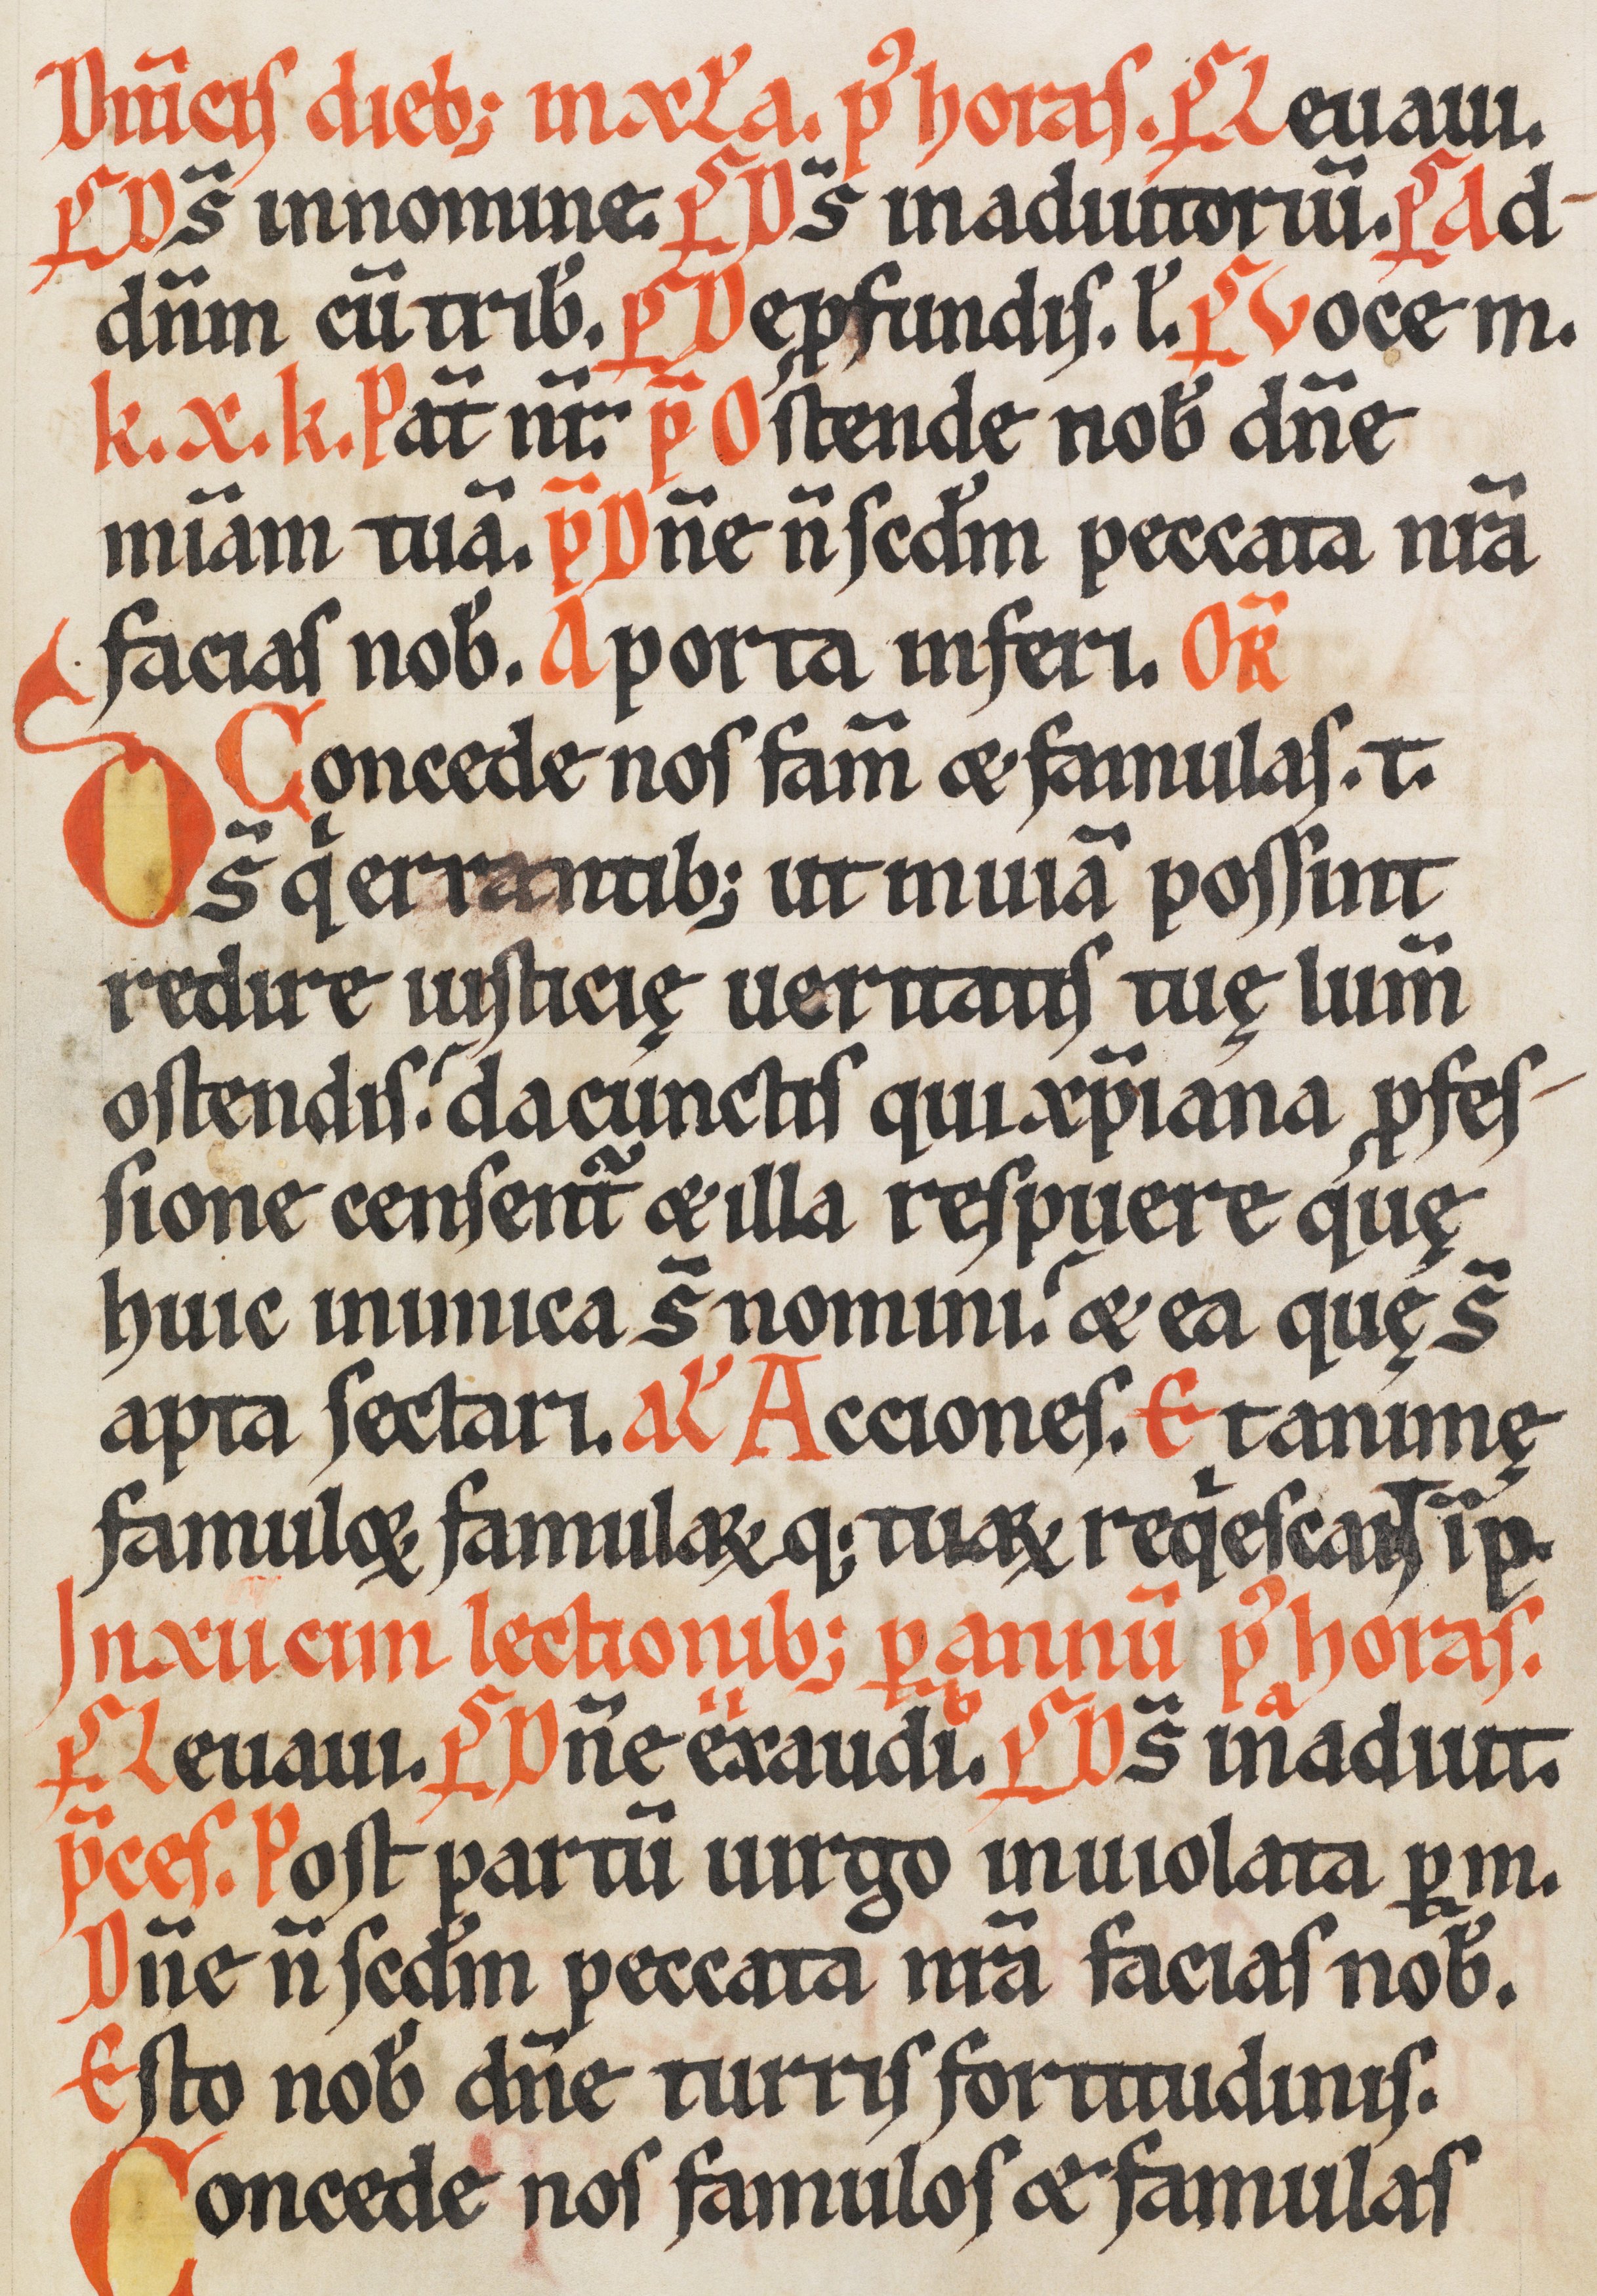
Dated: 1170–1230